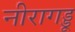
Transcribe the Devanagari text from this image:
नीरागड्डू